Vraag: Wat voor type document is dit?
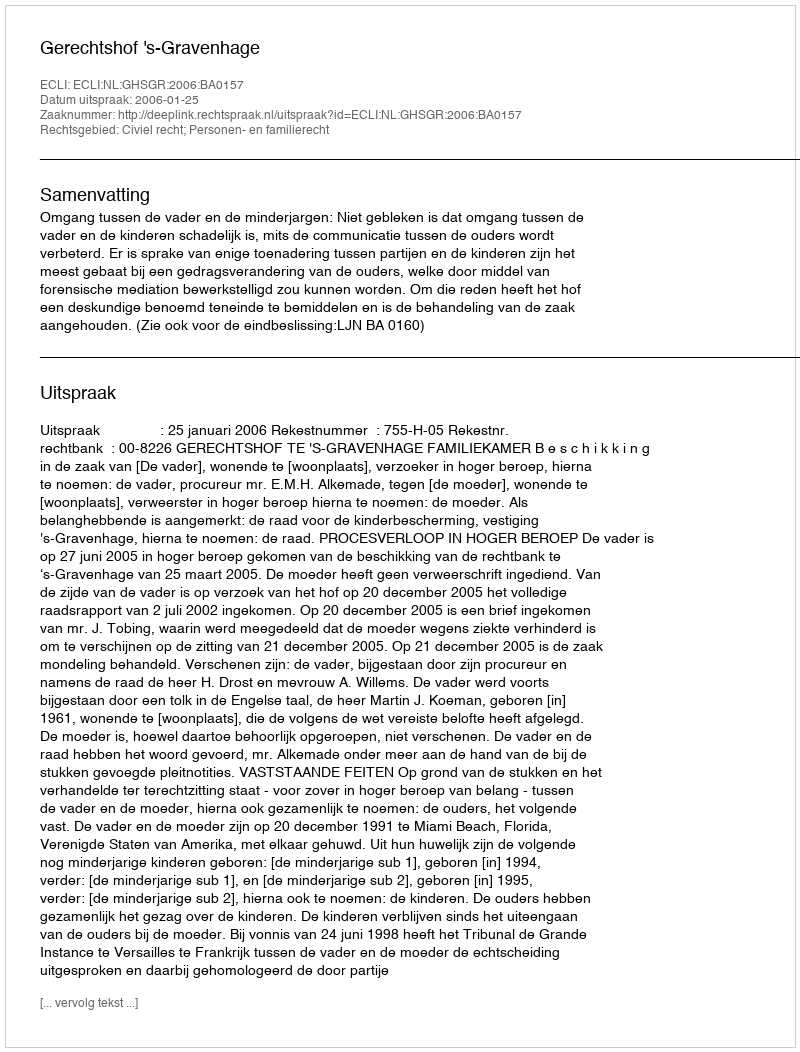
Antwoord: Uitspraak